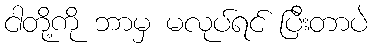
ငါတို့ကို ဘာမှ မလုပ်ရင် ပြီးတာပဲ